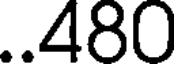
..480